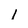
Character: 1